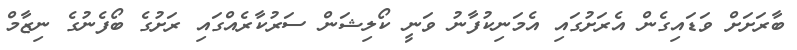
ބާރަށަށް ވަޑައިގެން އެރަށުގައި އެމަނިކުފާނު ވަނީ ކޯލިޝަން ސަރުކާރެއްގައި ރަށުގެ ބޯފެނުގެ ނިޒާމް